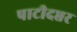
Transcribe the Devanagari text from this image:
पाटीदप्तर